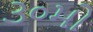
૩૦મો